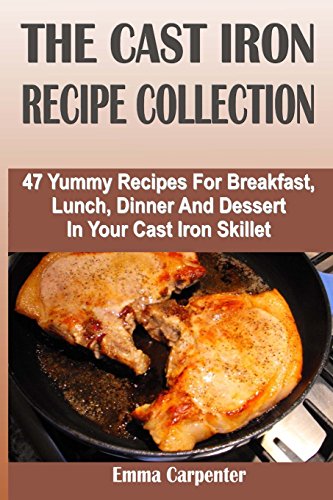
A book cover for The Cast Iron Recipe Collection: 47 Yummy Recipes For Breakfast, Lunch, Dinner And Dessert In Your Cast Iron Skillet; Emma Carpenter; Cookbooks, Food & Wine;